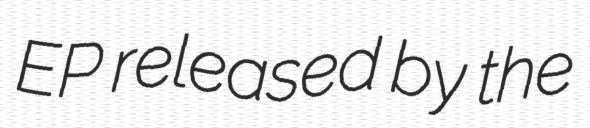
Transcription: EP released by the